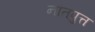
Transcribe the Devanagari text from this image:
नातपुत्त